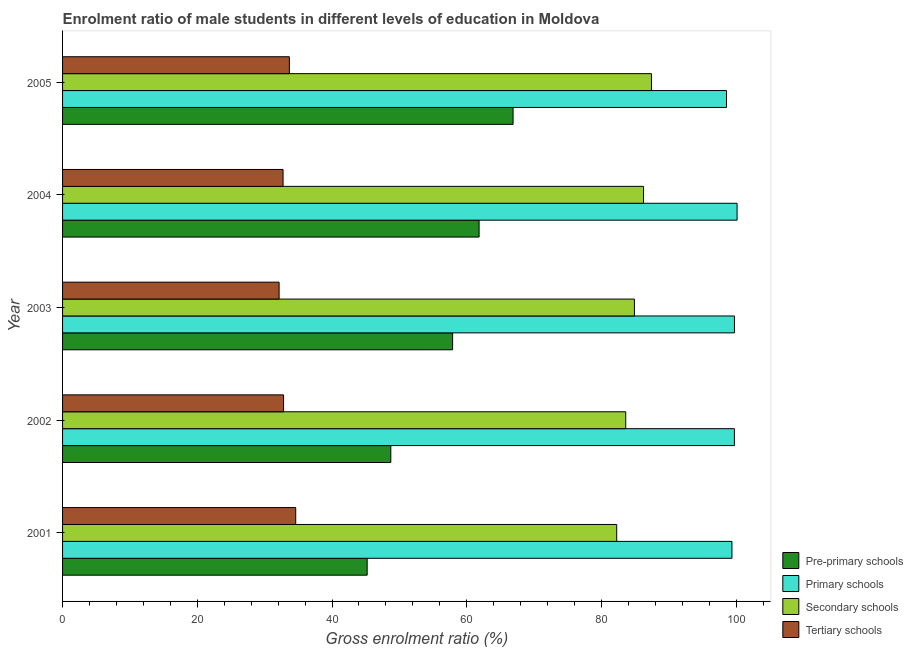
| Year | Pre-primary schools | Primary schools | Secondary schools | Tertiary schools |
 | --- | --- | --- | --- | --- |
 | 2001 | 45.2 | 99.4 | 82.3 | 34.6 |
 | 2002 | 48.7 | 99.7 | 83.6 | 32.8 |
 | 2003 | 57.9 | 99.7 | 84.9 | 32.1 |
 | 2004 | 61.8 | 100 | 86.2 | 32.7 |
 | 2005 | 66.9 | 98.6 | 87.4 | 33.7 |